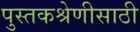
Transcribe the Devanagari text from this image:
पुस्तकश्रेणीसाठी